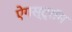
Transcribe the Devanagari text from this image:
ऐंगस्ट्रॉम